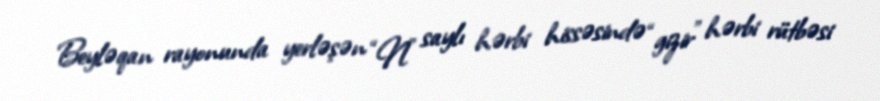
Beyləqan rayonunda yerləşən “N” saylı hərbi hissəsində “gizir” hərbi rütbəsi